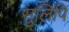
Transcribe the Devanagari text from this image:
सुलिपि